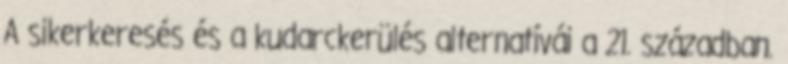
A sikerkeresés és a kudarckerülés alternatívái a 21. században.